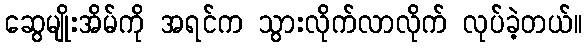
ဆွေမျိုးအိမ်ကို အရင်က သွားလိုက်လာလိုက် လုပ်ခဲ့တယ်။